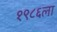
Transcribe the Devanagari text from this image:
१९८६ला